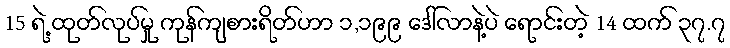
15 ရဲ့ ထုတ်လုပ်မှု ကုန်ကျစားရိတ်ဟာ ၁,၁၉၉ ဒေါ်လာနဲ့ပဲ ရောင်းတဲ့ 14 ထက် ၃၇.၇